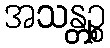
အသန္တဉ္စ